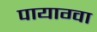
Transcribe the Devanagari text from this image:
पायाग्वा